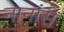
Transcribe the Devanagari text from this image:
नानांस